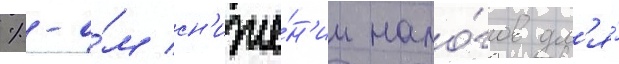
%-о́м сн'иже́н'ии нало́гов дл'я́